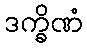
ဒက္ခိဏံ